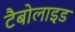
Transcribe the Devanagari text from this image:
टैबोलाइड